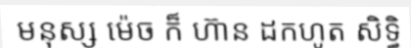
មនុស្ស ម៉េច ក៏ ហ៊ាន ដកហូត សិទ្ធិ